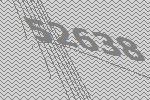
52638